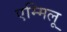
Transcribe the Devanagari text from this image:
एम्मिलू